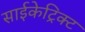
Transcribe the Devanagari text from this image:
साईकेट्रिक्ट